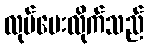
လုပ်ပေးလိုက်သည်